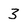
Character: 3